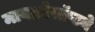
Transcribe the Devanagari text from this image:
मायक्रोसॉप्टने